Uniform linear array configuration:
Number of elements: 64
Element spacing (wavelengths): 1
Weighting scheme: hamming
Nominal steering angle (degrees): -45
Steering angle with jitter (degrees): -44.95
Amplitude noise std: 0.05
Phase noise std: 0.05

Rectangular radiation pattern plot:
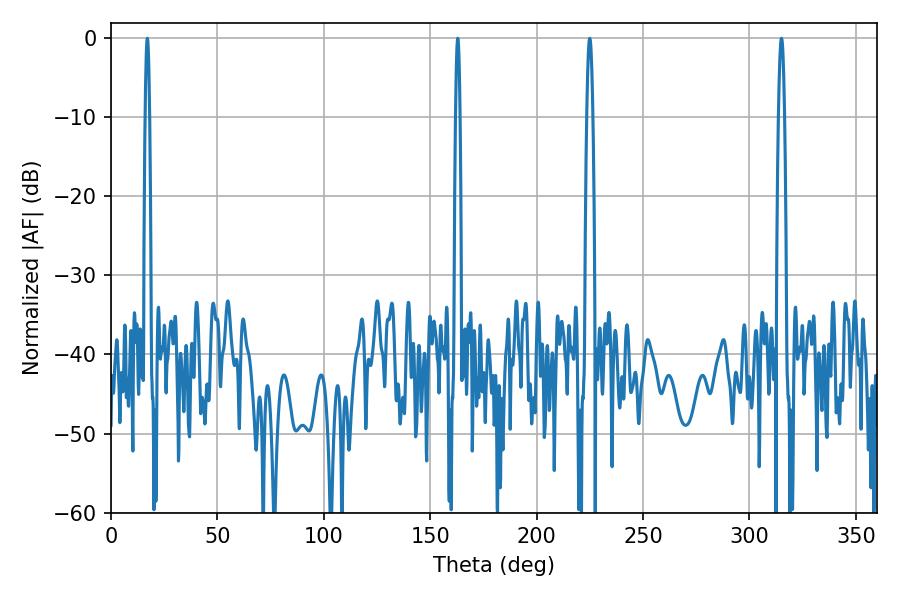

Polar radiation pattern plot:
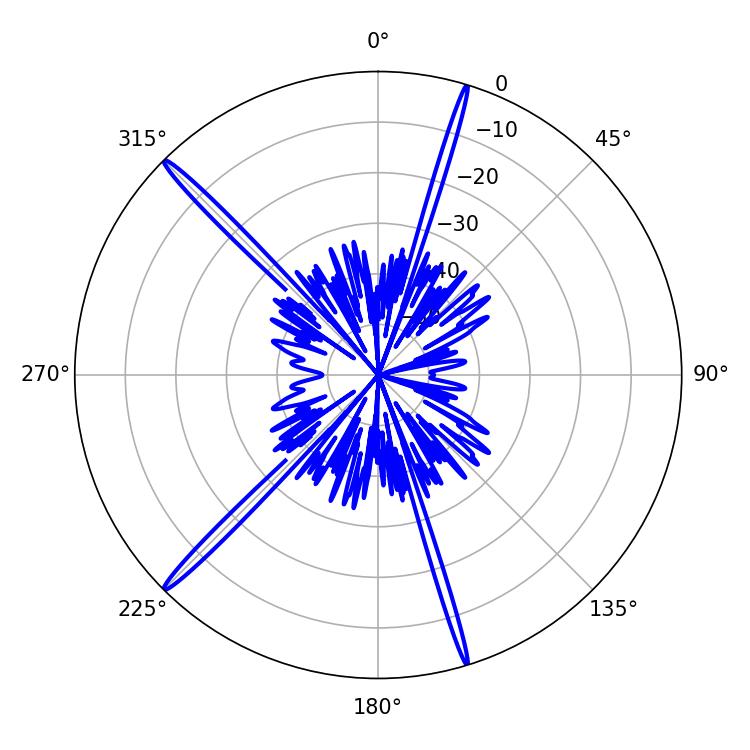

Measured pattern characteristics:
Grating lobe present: TRUE
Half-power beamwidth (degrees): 1.08
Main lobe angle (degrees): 162.9